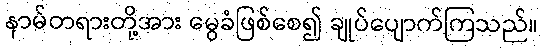
နာမ်တရားတို့အား မွေခံဖြစ်စေ၍ ချုပ်ပျောက်ကြသည်။